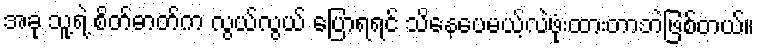
အခု သူ့ရဲ့ စိတ်ဓာတ်က လွယ်လွယ် ပြောရရင် သိနေပေမယ့်လဲဖုံးထားတာဘဲဖြစ်တယ်။